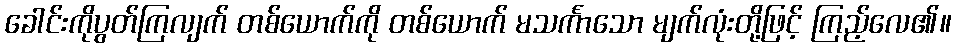
ခေါင်းကိုပွတ်ကြလျက် တစ်ယောက်ကို တစ်ယောက် မသင်္ကာသော မျက်လုံးတို့ဖြင့် ကြည့်လေ၏။